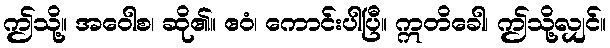
ဤသို့။ အဝေါစ၊ ဆို၏။ ဧဝံ၊ ကောင်းပါပြီ။ ဣတိခေါ၊ ဤသို့လျှင်။